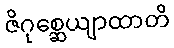
ဇိဂုစ္ဆေယျာထာတိ